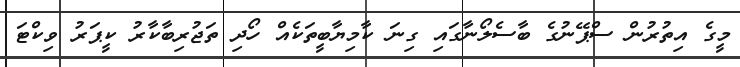
މީގެ އިތުރުން ސްޕޭނުގެ ބާސެލޯނާގައި ގިނަ ކާމިޔާބީތަކެއް ހޯދި ތަޖުރިބާކާރު ކީޕަރު ވިކްޓަ